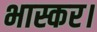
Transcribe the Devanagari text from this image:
भास्कर।